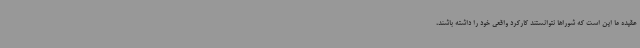
عقیده ما این است که شوراها نتوانستند کارکرد واقعی خود را داشته باشند،